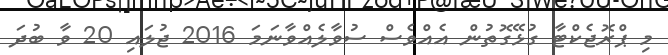
މި ޕްރޮޖެކްޓާ ގުޅޭގޮތުން އެއްވެސް ސުވާލެއްވާނަމަ 2016 ޖުލައި 20 ވާ ބުދަ